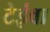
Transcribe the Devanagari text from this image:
टेईवा